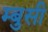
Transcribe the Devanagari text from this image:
म्बुसी